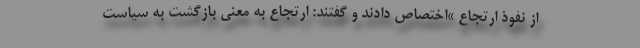
از نفوذ ارتجاع »اختصاص دادند و گفتند: ارتجاع به معنی بازگشت به سیاست